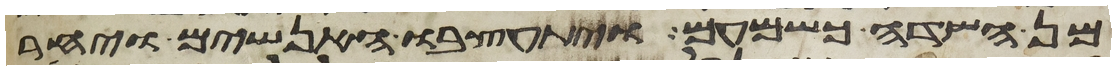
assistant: מן השדה כשמעם ויתעצבו האנשים ויחר